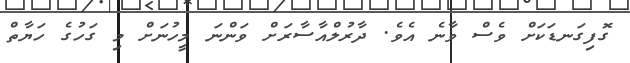
ގޮފިގަނޑަކަށް ވެސް ވާނެ އެވެ. ދާރުލްއާސާރަށް ވަންނަ މީހުނަށް މި ގަހުގެ ހަޔާތް